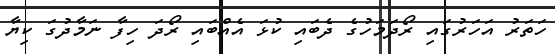
ހަތަރު އަހަރުގައި ރޯދަމަހުގެ ދެބައި ކުޅަ އެއްބައި ރޯދަ ހިފާ ނަމާދުގަ ކިޔާ